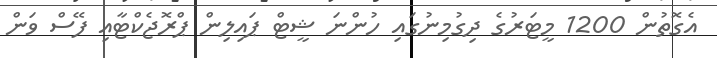
އެގޮތުން 1200 މީޓަރުގެ ދިގުމިނުގައި ހުންނަ ޝީޓް ޕައިލިން ޕްރޮޖެކްޓާއި ފޭސް ވަން